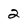
Character: 2